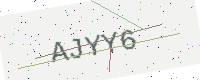
Text: AJYY6